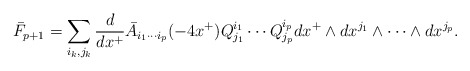
\begin{align*}\bar F_{p+1} = \sum_{i_k, j_k} \frac{d}{dx^+} \bar A_{i_1 \cdots i_p} (-4 x^+) Q^{i_1}_{j_1} \cdots Q^{i_p}_{j_p} dx^+ \wedge dx^{j_1} \wedge \cdots \wedge d x^{j_p} .\end{align*}